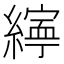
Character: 𦅜